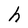
Character: h